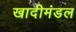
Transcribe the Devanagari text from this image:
खादीमंडल